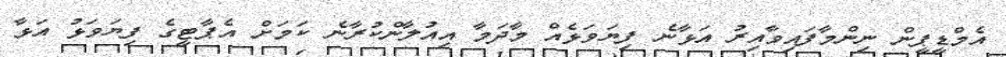
އެމްޑީޕީން ނިންމާފައިވާއިރު އަޅާނެ ފިޔަވަޅެއް މާދަމާ އިއުލާންކުރާނެ ކަމަށް އެޕާޓީގެ ފިޔަވަޅު އަޅާ